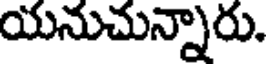
యనుచున్నారు.